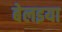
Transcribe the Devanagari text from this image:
बेलइया